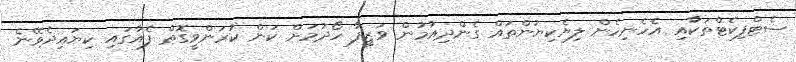
ސެޓްފިކެޓްތަކާއި އެހެނިހެން ލިޔެކިޔުންތައް ގެންދިއުމުން ވަޒީފާ ހޯދުމަށް ކަން ކުރަންވީގޮތް ފެއާގައި ކިޔައިދެވޭނެ